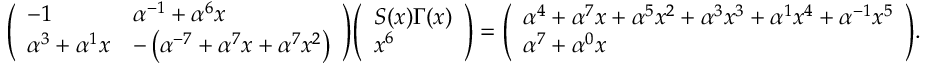
{ \left( \begin{array} { l l } { - 1 } & { \alpha ^ { - 1 } + \alpha ^ { 6 } x } \\ { \alpha ^ { 3 } + \alpha ^ { 1 } x } & { - \left( \alpha ^ { - 7 } + \alpha ^ { 7 } x + \alpha ^ { 7 } x ^ { 2 } \right) } \end{array} \right) } { \left( \begin{array} { l } { S ( x ) \Gamma ( x ) } \\ { x ^ { 6 } } \end{array} \right) } = { \left( \begin{array} { l } { \alpha ^ { 4 } + \alpha ^ { 7 } x + \alpha ^ { 5 } x ^ { 2 } + \alpha ^ { 3 } x ^ { 3 } + \alpha ^ { 1 } x ^ { 4 } + \alpha ^ { - 1 } x ^ { 5 } } \\ { \alpha ^ { 7 } + \alpha ^ { 0 } x } \end{array} \right) } .